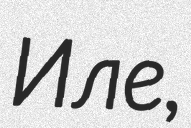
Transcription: Иле,